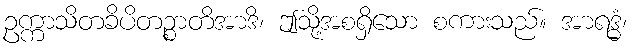
ဥက္ကာသိတခိပိတဉ္စာတိအာဒိ၊ ဤသို့အစရှိသော စကားသည်။ အာရဒ္ဓံ၊